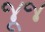
જૂજ